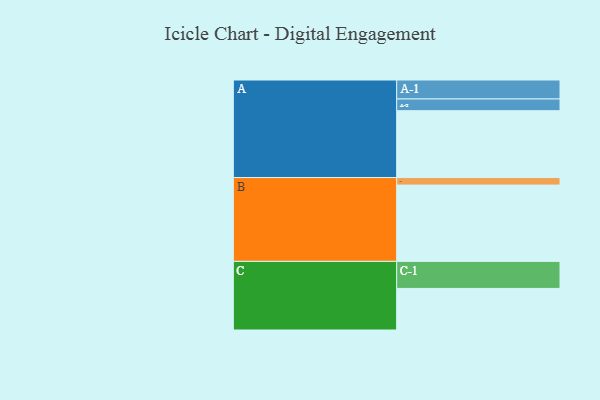
{"axis": {"x": "Segment", "y": "Value"}, "legend": ["", "A", "B", "C"], "data": [{"x": "A", "y": 497, "type": ""}, {"x": "B", "y": 567, "type": ""}, {"x": "C", "y": 309, "type": ""}, {"x": "A-1", "y": 141, "type": "A"}, {"x": "A-2", "y": 87, "type": "A"}, {"x": "B-1", "y": 56, "type": "B"}, {"x": "C-1", "y": 201, "type": "C"}]}